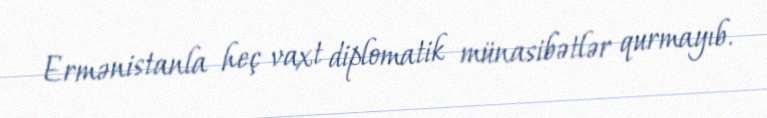
Ermənistanla heç vaxt diplomatik münasibətlər qurmayıb.